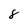
Character: 8